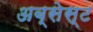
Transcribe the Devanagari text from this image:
अब्सेस्ट